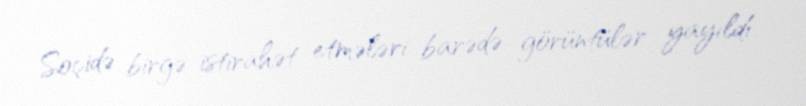
Soçidə birgə istirahət etmələri barədə görüntülər yayıldı.